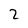
Character: 2